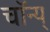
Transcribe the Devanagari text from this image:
चॉन्य्